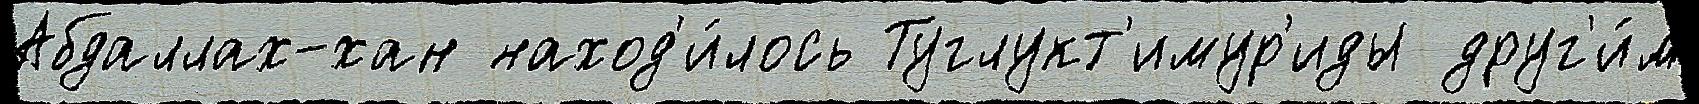
Абдаллах-хан наход'и́лось Туглукт'имур'иды друг'и́м